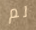
لم